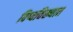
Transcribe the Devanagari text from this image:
विष्वविख्यात